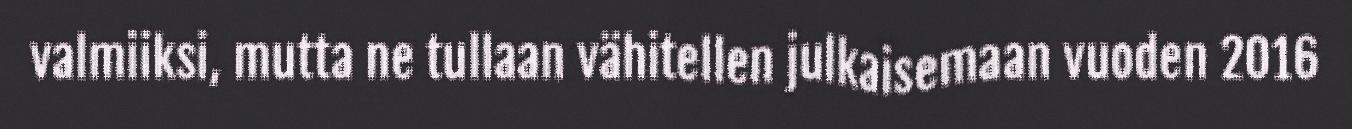
valmiiksi, mutta ne tullaan vähitellen julkaisemaan vuoden 2016